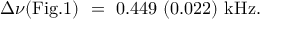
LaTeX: \Delta \nu ( \mathrm { F i g . 1 } ) ~ = ~ 0 . 4 4 9 ~ ( 0 . 0 2 2 ) ~ \mathrm { k H z } . ~ ~ ~ ~ ~ ~